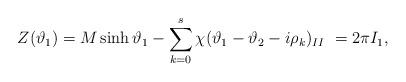
LaTeX: \begin{align*}Z(\vartheta _{1})=M\sinh \vartheta _{1}-\sum ^{s}_{k=0}\chi (\vartheta _{1}-\vartheta _{2}-i\rho _{k})_{II}\, \, =2\pi I_{1},\end{align*}